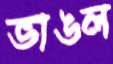
ভাঙল